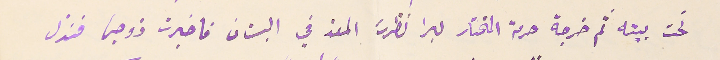
تحت بيته ثم خرجة حرمة المختار لبرا نظرت المعز في البستان فاخبرت زوجها فنزل